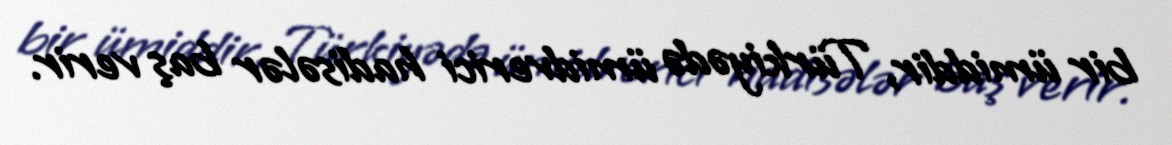
bir ümiddir, Türkiyədə ümidverici hadisələr baş verir.